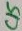
Text: C15